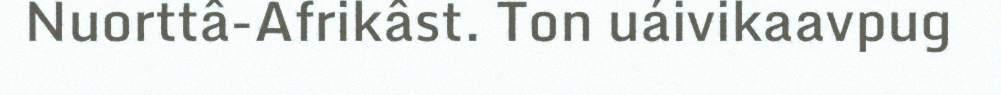
Nuorttâ-Afrikâst. Ton uáivikaavpug